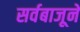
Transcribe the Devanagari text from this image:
सर्वबाजूने